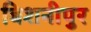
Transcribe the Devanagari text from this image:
बिशनीपुर